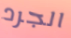
الجرد